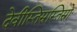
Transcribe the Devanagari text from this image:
देवीस्तिस्रस्तिस्रो